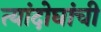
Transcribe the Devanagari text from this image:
त्यांदोघांची